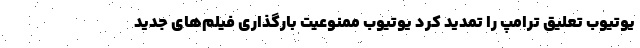
یوتیوب تعلیق ترامپ را تمدید کرد یوتیوب ممنوعیت بارگذاری فیلم‌های جدید